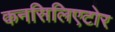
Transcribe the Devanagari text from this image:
कनसिलिएटोर